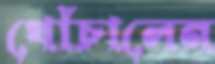
খোঁচালেন